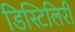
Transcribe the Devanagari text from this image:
डिस्टिलिरी